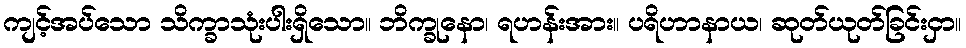
ကျင့်အပ်သော သိက္ခာသုံးပါးရှိသော။ ဘိက္ခုနော၊ ရဟန်းအား။ ပရိဟာနာယ၊ ဆုတ်ယုတ်ခြင်းငှာ။